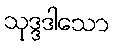
သုဒ္ဒဒါသော